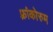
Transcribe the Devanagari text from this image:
फ़्रांकोरुम